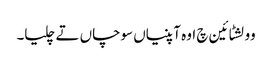
وولشٹائین چ اوہ آپنیاں سوچاں تے چلیا۔